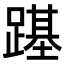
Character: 𨄎